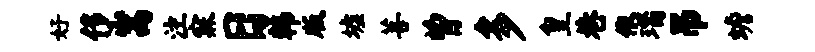
好侈嵩注寐日韩版墟菩曾多皇巷依瑙吊蟾